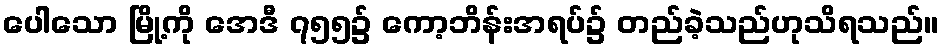
ပေါသော မြို့ကို အေဒီ ၇၅၅၌ ကော့ဘိန်းအရပ်၌ တည်ခဲ့သည်ဟုသိရသည်။